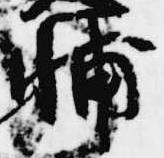
輔